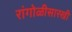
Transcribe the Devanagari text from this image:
रांगोळीसारखी